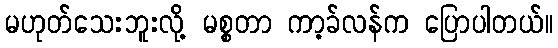
မဟုတ်သေးဘူးလို့ မစ္စတာ ကာ့ခ်လန်က ပြောပါတယ်။